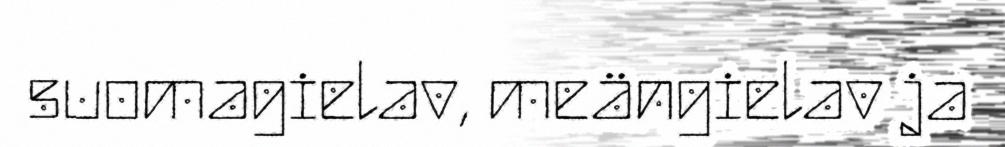
suomagielav, meängielav ja